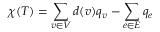
\chi ( T ) = \sum _ { v \in V } d ( v ) q _ { v } - \sum _ { e \in E } q _ { e }